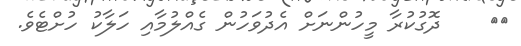
٢٨    ދޮގުކުރާ މީހުންނަށް އެދުވަހުން ގެއްލުމާއި ހަލާކު ހުށްޓެވެ.